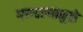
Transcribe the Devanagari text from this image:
गमवल्यामुळे